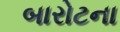
બારોટના